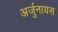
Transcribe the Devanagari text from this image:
अर्जुनायस